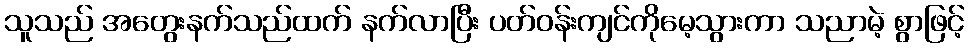
သူသည် အတွေးနက်သည်ထက် နက်လာပြီး ပတ်ဝန်းကျင်ကိုမေ့သွားကာ သညာမဲ့ စွာဖြင့်